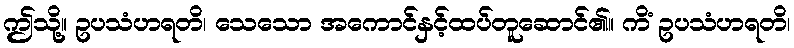
ဤသို့။ ဥပသံဟရတိ၊ သေသော အကောင်နှင့်ထပ်တူဆောင်၏။ ကိံ ဥပသံဟရတိ၊